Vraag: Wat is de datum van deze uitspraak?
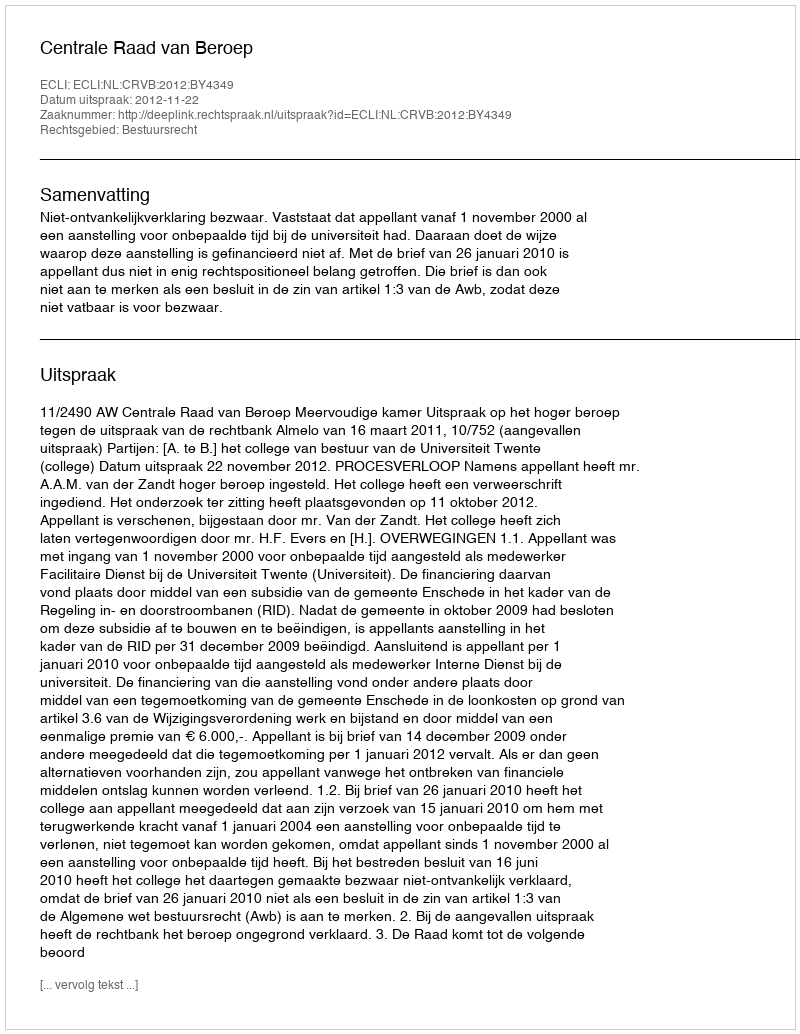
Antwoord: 2012-11-22